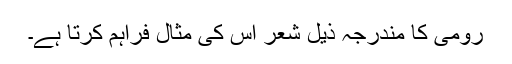
رومی کا مندرجہ ذیل شعر اس کی مثال فراہم کرتا ہے۔